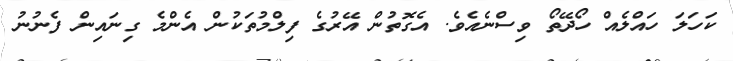
ކަހަލަ ހައްލެއް ހޯދޭތޯ ވިސްނެއެވެ. އެގޮތުން އޭރުގެ ފިލްމުތަކުން އެންމެ ގިނައިން ފެނުނު